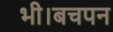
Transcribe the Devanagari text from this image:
भी।बचपन